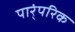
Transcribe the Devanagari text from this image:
पार्ंपरिक